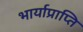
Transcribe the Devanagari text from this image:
भार्याप्राप्ति